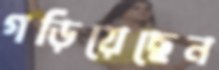
গড়িয়েছেন